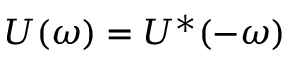
U ( \omega ) = U ^ { * } ( - \omega )